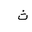
Letter: _tha